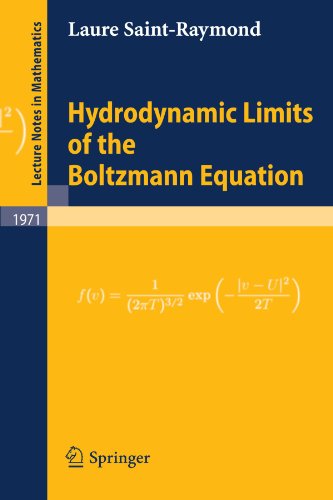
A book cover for Hydrodynamic Limits of the Boltzmann Equation (Lecture Notes in Mathematics); Laure Saint-Raymond; Science & Math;